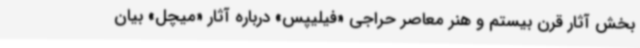
بخش آثار قرن بیستم و هنر معاصر حراجی «فیلیپس» درباره آثار «میچل» بیان